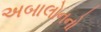
અબાલોનનો